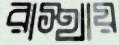
রাস্থায়